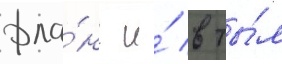
фла́нг и́ в ты́л